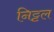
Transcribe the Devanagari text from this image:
निट्टल